Civil Veterinary Dept. Assam report 1911-1927 - 1911-1927
Year: 1911
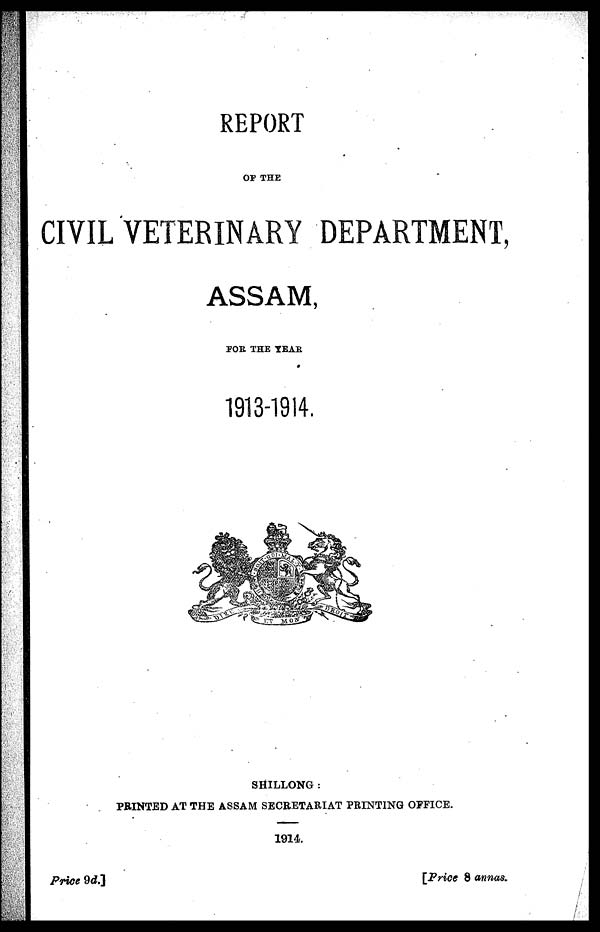
REPORT
Of THE
CIVIL VETERINARY DEPARTMENT,
ASSAM
FOR THE SEAR
1913-1914.
SHILLONG :
PRINTED AT THE ASSAM SECRETARIAT PRINTING OFFICE.
1914.
Price 9d.]
[Price 8 annas.